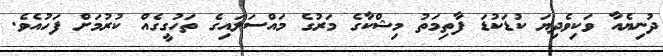
ދުނިޔެއާ ވަކިވެދިޔަ ކުޑަކުޑަ ފާތިމަތު މިޝްކާގެ މަރުގެ މައްސަލައިގެ ތަހުގީގެއް ކުރުމަށް ފަހުއެވެ.